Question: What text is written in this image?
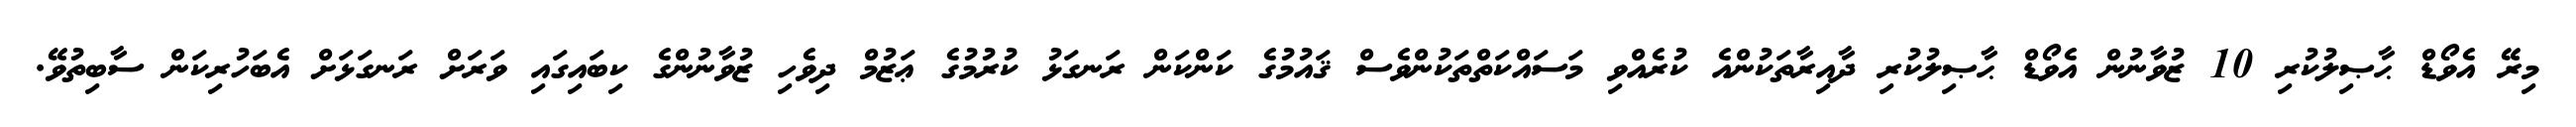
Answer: މިރޭ އެވޯޑް ޙާޞިލުކުރި 10 ޒުވާނުން އެވޯޑް ޙާޞިލުކުރި ދާއިރާތަކުންއެ ކުރެއްވި މަސައްކަތްތަކުންވެސް ޤައުމުގެ ކަންކަން ރަނގަޅު ކުރުމުގެ ޢަޒުމް ދިވެހި ޒުވާނުންގެ ކިބައިގައި ވަރަށް ރަނގަޅަށް އެބަހުރިކަން ސާބިތުވޭ.